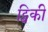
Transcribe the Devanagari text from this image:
ट्विकी